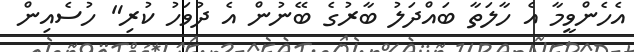
އެހެންވީމާ އެ ހާލަތާ ބައްދަލު ބާރުގެ ބޭނުން އެ ދުވަހު ކުރި" ހުސެއިން